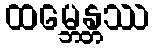
ထမ္ဘေန္တဿ